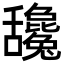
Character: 𦧻